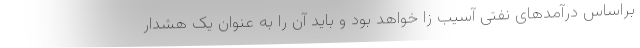
براساس درآمدهای نفتی آسیب زا خواهد بود و باید آن را به عنوان یک هشدار